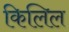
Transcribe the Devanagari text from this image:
किलिल